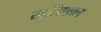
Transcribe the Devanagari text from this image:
खलिफात